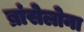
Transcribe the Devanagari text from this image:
ब्रांसेलोना